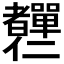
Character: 𦓍